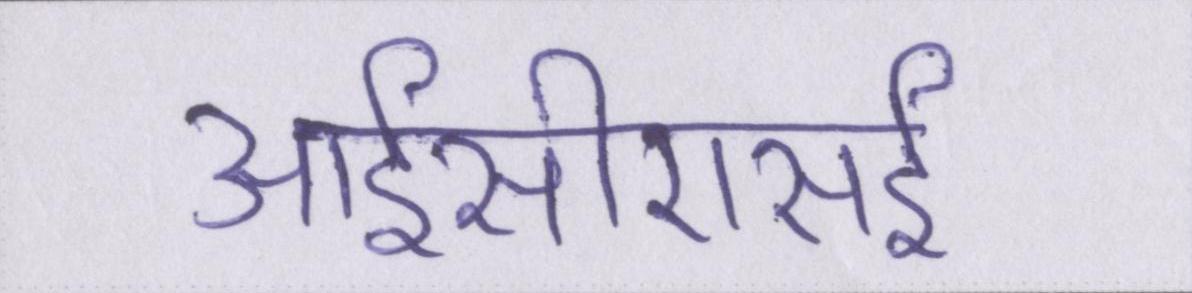
आईसीएसई